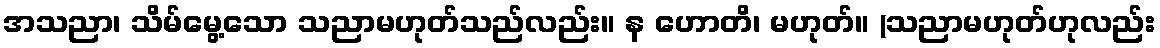
အသညာ၊ သိမ်မွေ့သော သညာမဟုတ်သည်လည်း။ န ဟောတိ၊ မဟုတ်။ (သညာမဟုတ်ဟုလည်း